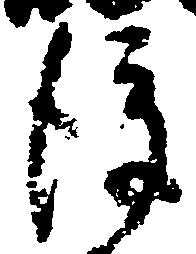
後